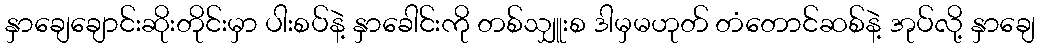
နှာချေချောင်းဆိုးတိုင်းမှာ ပါးစပ်နဲ့ နှာခေါင်းကို တစ်သျှူးစ ဒါမှမဟုတ် တံတောင်ဆစ်နဲ့ အုပ်လို့ နှာချေ